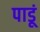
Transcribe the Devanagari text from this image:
पाडूं